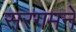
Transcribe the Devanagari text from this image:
सरगमने